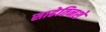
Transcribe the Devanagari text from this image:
साढेतिनशे